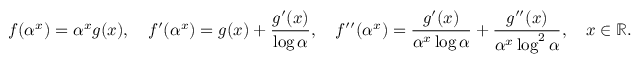
f ( \alpha ^ { x } ) = \alpha ^ { x } g ( x ) , \quad f ^ { \prime } ( \alpha ^ { x } ) = g ( x ) + \frac { g ^ { \prime } ( x ) } { \log \alpha } , \quad f ^ { \prime \prime } ( \alpha ^ { x } ) = \frac { g ^ { \prime } ( x ) } { \alpha ^ { x } \log \alpha } + \frac { g ^ { \prime \prime } ( x ) } { \alpha ^ { x } \log ^ { 2 } \alpha } , \quad x \in \mathbb { R } .